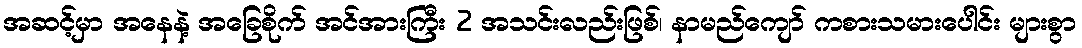
အဆင့်မှာ အနေနဲ့ အခြေစိုက် အင်အားကြီး 2 အသင်းလည်းဖြစ်၊ နာမည်ကျော် ကစားသမားပေါင်း များစွာ